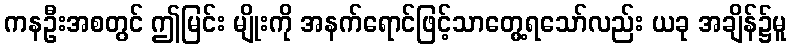
ကနဦးအစတွင် ဤမြင်း မျိုးကို အနက်ရောင်ဖြင့်သာတွေ့ရသော်လည်း ယခု အချိန်၌မူ